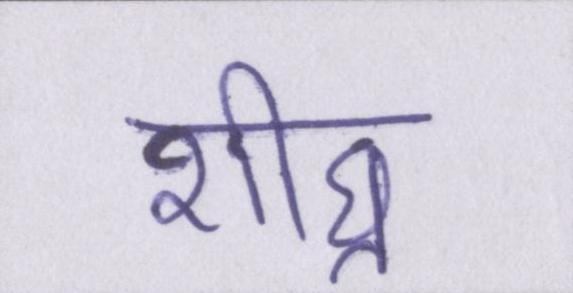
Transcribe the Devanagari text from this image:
शीघ्र